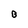
Character: B